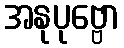
အနုပုဗ္ဗော